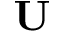
\mathbf { U }